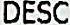
DESC